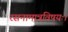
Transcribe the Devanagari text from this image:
रसनामात्रविषयः।